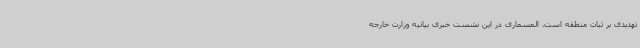
تهدیدی بر ثبات منطقه است. المسماری در این نشست خبری بیانیه وزارت خارجه